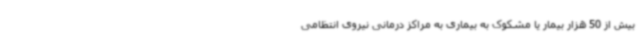
بیش از 50 هزار بیمار یا مشکوک به بیماری به مراکز درمانی نیروی انتظامی